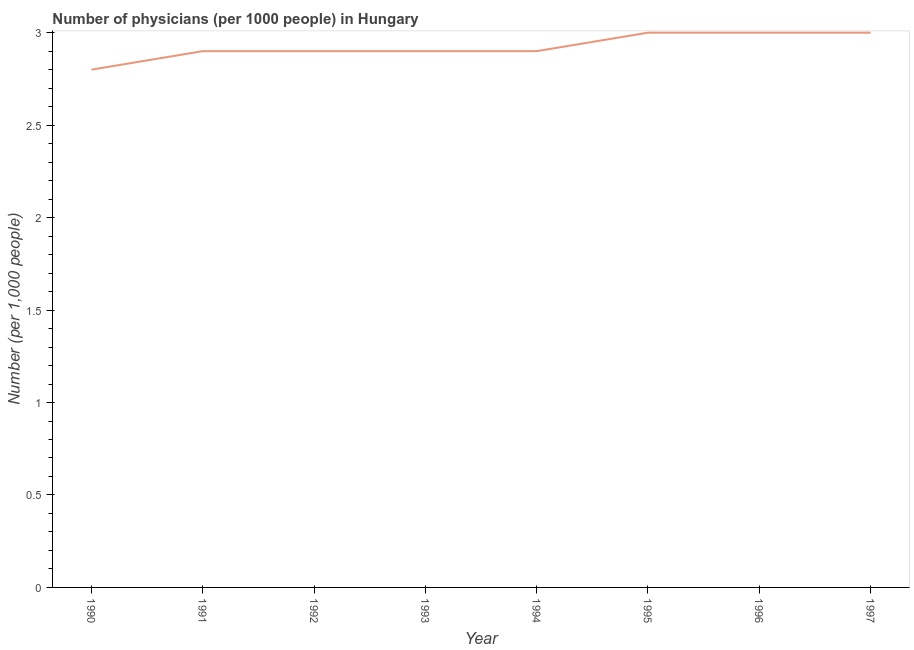
| Year | Physicians |
 | --- | --- |
 | 1990 | 2.8 |
 | 1991 | 2.9 |
 | 1992 | 2.9 |
 | 1993 | 2.9 |
 | 1994 | 2.9 |
 | 1995 | 3 |
 | 1996 | 3 |
 | 1997 | 3 |